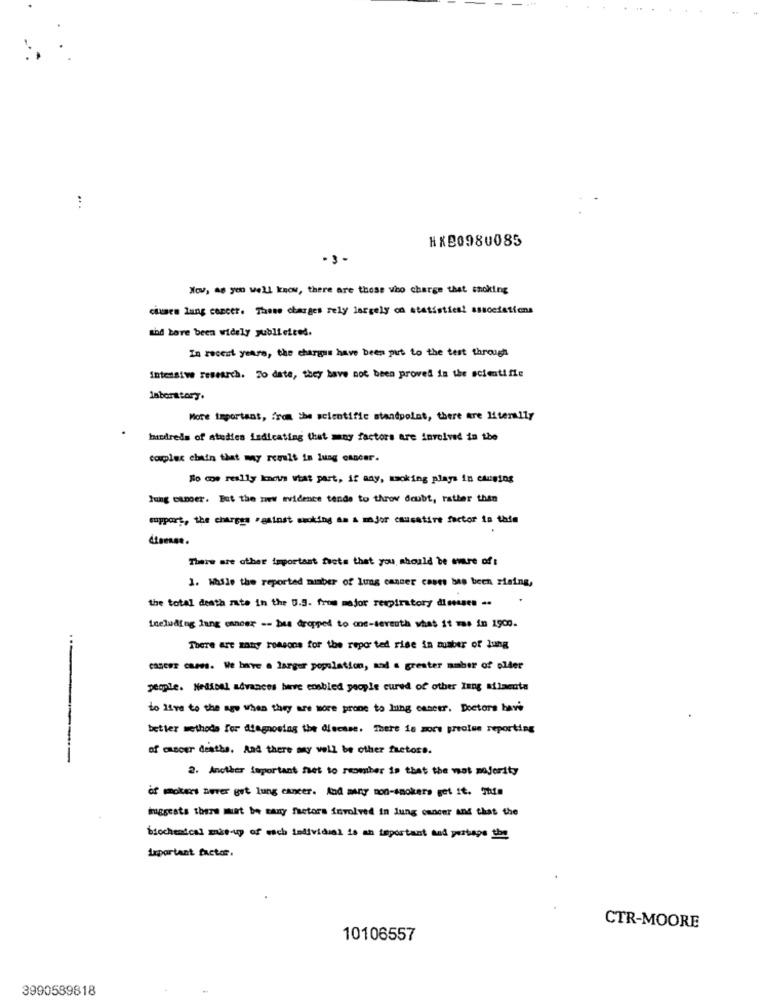
HXB0980085
-3-
Now, as yen well know, there are those who charge that smoking
ciumes lung cancer. Those charges rely largely om statistical associations
mhd bare been widely publieiced.
In recent years, the charges have been put to the test through
Intensive research. To date, they have not been proved in the scientific
laboratory.
More important, from the scientific standpoint, there are literally
birdreds of studies indicating that may factors are involved in the
couples clin that may result in lung cancer.
"lo cos really knows what part, if any, maoking plays in causing
lung cancer. But the www evidence tende to throw doubt, rather than
support, the charges against smoking as a major causatire factor to tale
There are other important frets that you should be emre of:
1. Wasle the reported number of Lung cancer casts bas been zising,
the total death mate in the 0.5. from major respiratory diseases ..
Including lung cancer -- bes dropped to one-sereuth what it mas in 1900.
There are many reasons for the reported rise in mumber of lung
CADERE CHANS. We have a larger population, and a greater amber of older
people. Medical advances have enabled people cured of other Inng ailacute
to live to the ago when they are wore prone to lung cancer. Doctors have
better methods for diagnosing the disease. There is more precise reporting
of cancer desthe, And there any well be other fretors.
2. Another important fet to number is that the wat majority
of mmokers never get lung cancer. And many non-smokers get it. This
muggcats there must be many factors involved in lung cancer and that the
biochemical mais-up of each individual is an important and perhaps the
important factor.
CTR-MOORE
10106557
3990589818